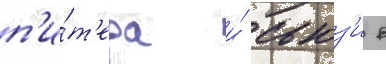
п'и́т'ера и́ сьюз'и в